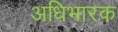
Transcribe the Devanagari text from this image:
अधिभारक